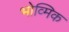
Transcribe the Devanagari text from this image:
भोव्मिक